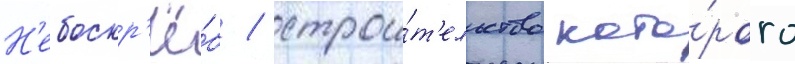
Н'ебоскр'ё́б / строи́т'ельство кото́рого